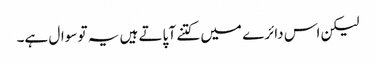
لیکن اس دائرے میں کتنے آ پاتے ہیں یہ تو سوال ہے۔